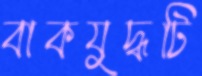
বাকযুদ্ধটি